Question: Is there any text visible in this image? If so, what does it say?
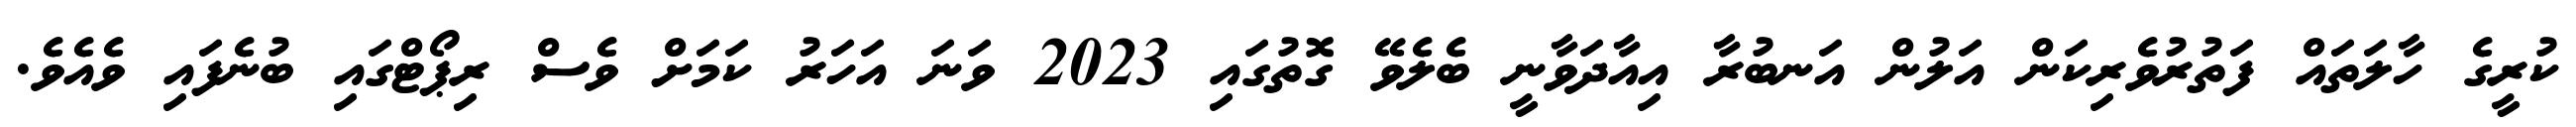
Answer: ކުރީގެ ހާލަތައް ފަތުރުވެރިކަން އަލުން އަނބުރާ އިއާދަވާނީ ބެލެވޭ ގޮތުގައި 2023 ވަނަ އަހަރު ކަމަށް ވެސް ރިޕޯޓްގައި ބުނެފައި ވެއެވެ.